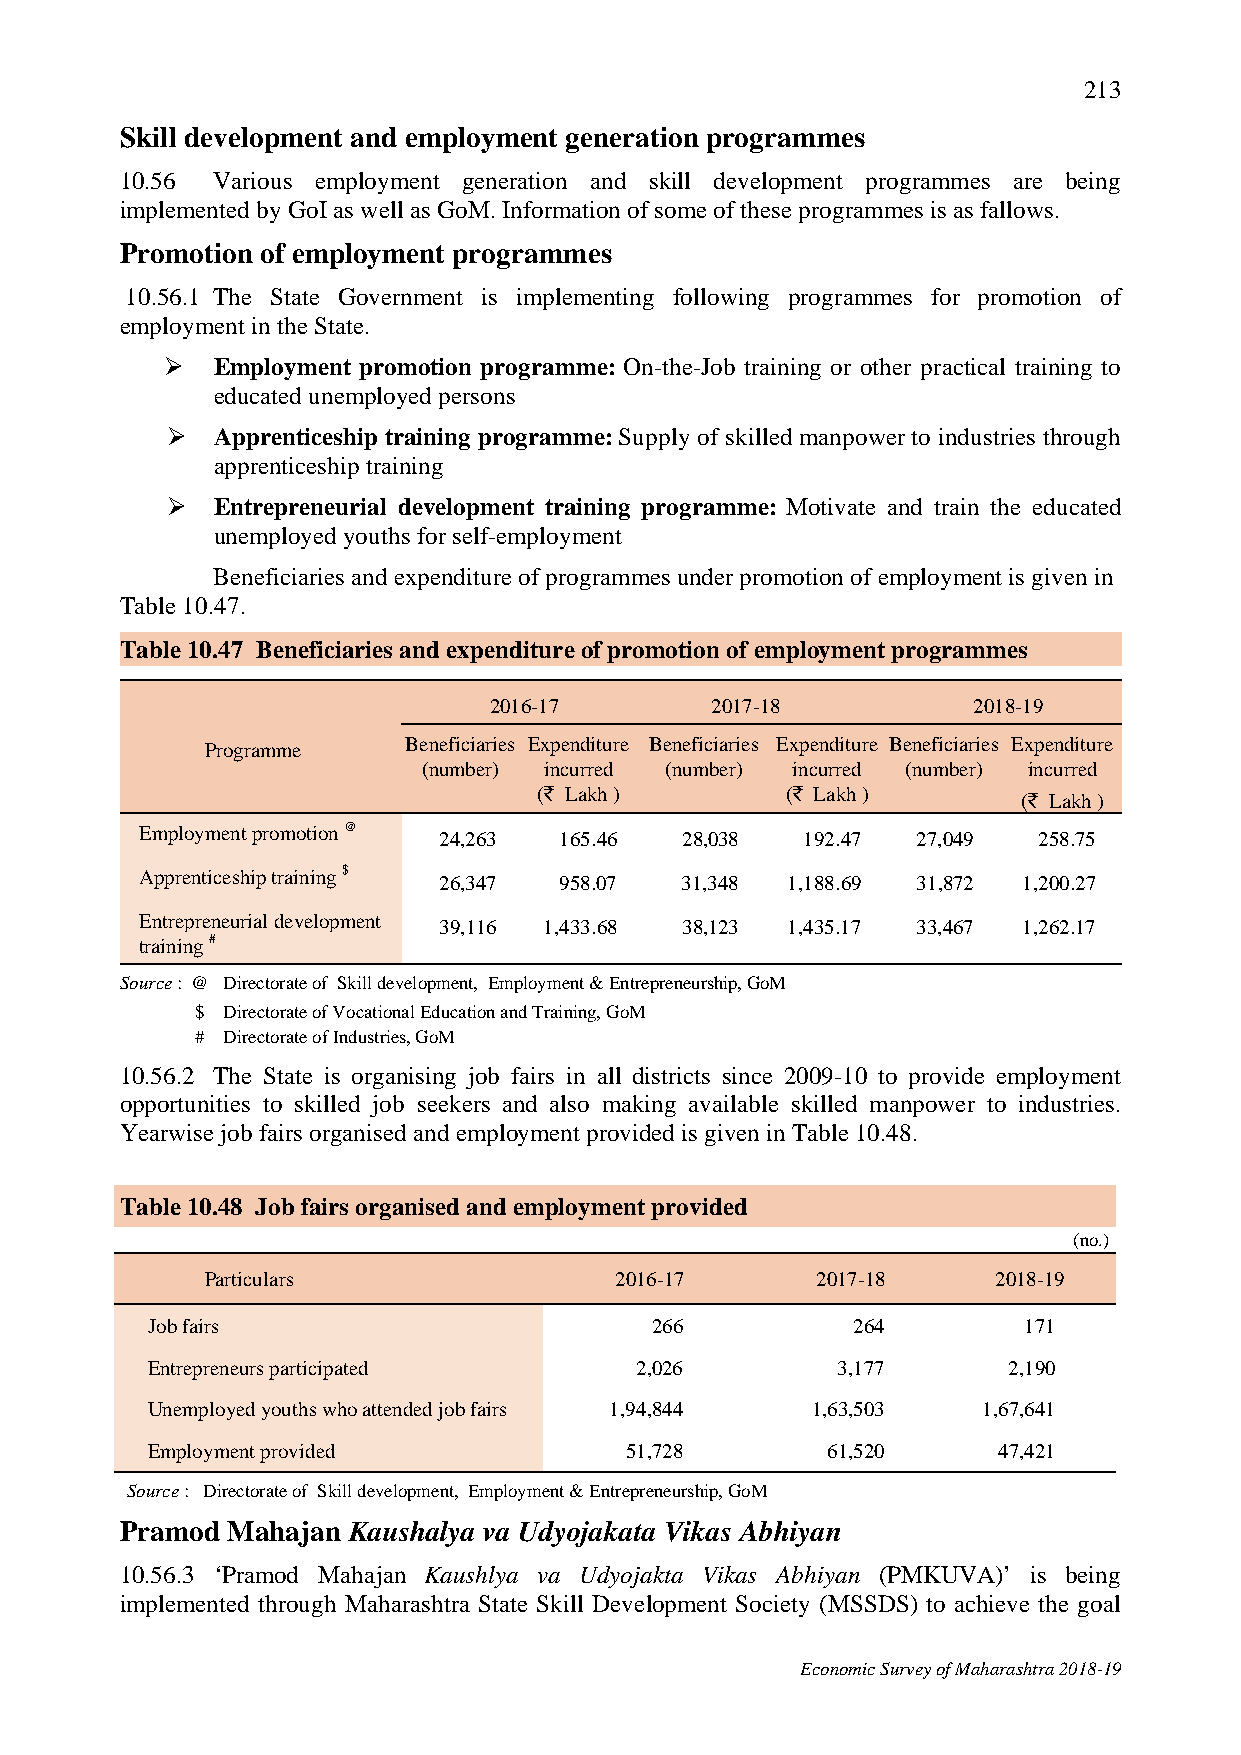
213
 Skill development and employment generation programmes
 10.56 Various employment generation and skill development programmes are being
 implemented by GoI as well as GoM. Information of some of these programmes is as fallows.
 Promotion of employment programmes
 10.56.1 The State Government is implementing following programmes for promotion of
 employment in the State.
   Employment promotion programme: On-the-Job training or other practical training to
 educated unemployed persons
   Apprenticeship training programme: Supply of skilled manpower to industries through
 apprenticeship training
   Entrepreneurial development training programme: Motivate and train the educated
 unemployed youths for self-employment
 Beneficiaries and expenditure of programmes under promotion of employment is given in
 Table 10.47.
 Table 10.47 Beneficiaries and expenditure of promotion of employment programmes
 2016-17        2017-18          2018-19
 Programme    Beneficiaries Expenditure Beneficiaries Expenditure Beneficiaries Expenditure
 (number) incurred (number) incurred (number) incurred
 (` Lakh )       (` Lakh )       (` Lakh )
 Employment promotion @ 24,263 165.46 28,038 192.47  27,049  258.75
 Apprenticeship training $ 26,347 958.07 31,348 1,188.69 31,872 1,200.27
 Entrepreneurial development
 39,116 1,433.68 38,123 1,435.17 33,467 1,262.17
 training #
 Source : @ Directorate of Skill development, Employment & Entrepreneurship, GoM
 $ Directorate of Vocational Education and Training, GoM
 # Directorate of Industries, GoM
 10.56.2 The State is organising job fairs in all districts since 2009-10 to provide employment
 opportunities to skilled job seekers and also making available skilled manpower to industries.
 Yearwise job fairs organised and employment provided is given in Table 10.48.
 Table 10.48 Job fairs organised and employment provided
 (no.)
 Particulars                2016-17      2017-18     2018-19
 Job fairs                        266          264         171
 Entrepreneurs participated      2,026        3,177       2,190
 Unemployed youths who attended job fairs 1,94,844 1,63,503 1,67,641
 Employment provided            51,728        61,520     47,421
 Source : Directorate of Skill development, Employment & Entrepreneurship, GoM
 Pramod Mahajan Kaushalya va Udyojakata Vikas Abhiyan
 10.56.3 ‘Pramod Mahajan Kaushlya va Udyojakta Vikas Abhiyan (PMKUVA)’ is being
 implemented through Maharashtra State Skill Development Society (MSSDS) to achieve the goal
 Economic Survey of Maharashtra 2018-19